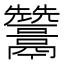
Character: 𩱩